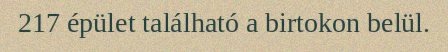
217 épület található a birtokon belül.